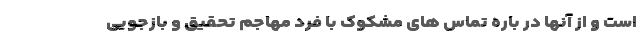
است و از آنها در باره تماس های مشکوک با فرد مهاجم تحقیق و بازجویی